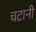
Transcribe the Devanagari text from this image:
चटानी